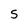
Character: 5